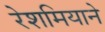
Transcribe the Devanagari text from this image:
रेशमियाने